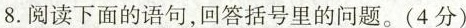
8.阅读下面的语句，回答括号里的问题。(4分)